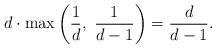
LaTeX: \begin{align*}d\cdot \max\left(\frac 1d, \,\, \frac 1{d-1}\right) = \frac d{d-1}.\end{align*}